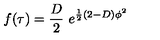
f ( \tau ) = \frac { D } { 2 } \ e ^ { \frac { 1 } { 2 } ( 2 - D ) \phi ^ { 2 } }